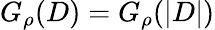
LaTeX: G_{\rho}(D)=G_{\rho}(|D|)